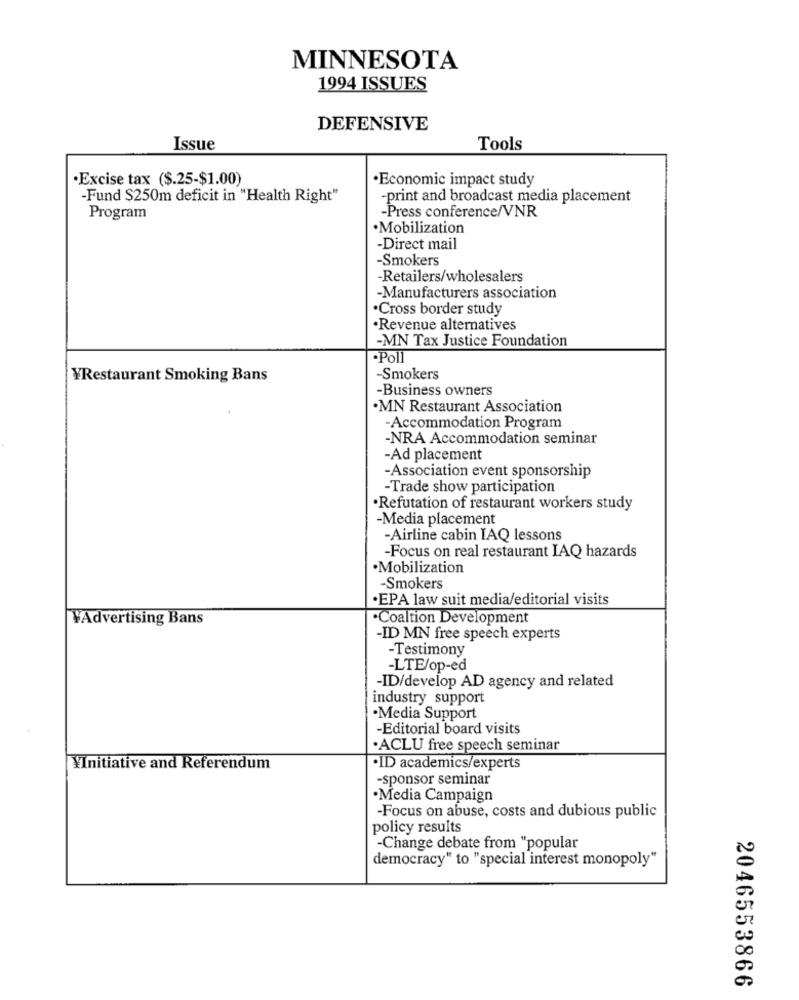
MINNESOTA
1994 ISSUES
DEFENSIVE
Issue
Tools
·Excise tax ($.25-$1.00)
·Economic impact study
-Fund $250m deficit in "Health Right"
-print and broadcast media placement
-Press conference/VNR
Program
. Mobilization
-Direct mail
-Smokers
-Retailers/wholesalers
-Manufacturers association
·Cross border study
Revenue alternatives
-MN Tax Justice Foundation
·Poll
YRestaurant Smoking Bans
-Smokers
-Business owners
.MN Restaurant Association
-Accommodation Program
-NRA Accommodation seminar
-Ad placement
-Association event sponsorship
-Trade show participation
·Refutation of restaurant workers study
-Media placement
-Airline cabin IAQ lessons
-Focus on real restaurant IAQ hazards
·Mobilization
-Smokers
·EPA law suit media/editorial visits
¥Advertising Bans
·Coaltion Development
-ID MN free speech experts
-Testimony
-LTE/op-ed
-ID/develop AD agency and related
industry support
·Media Support
-Editorial board visits
.ACLU free speech seminar
¥Initiative and Referendum
.ID academics/experts
-sponsor seminar
·Media Campaign
-Focus on abuse, costs and dubious public
policy results
-Change debate from "popular
democracy" to "special interest monopoly"
2046553866